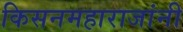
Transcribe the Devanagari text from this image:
किसनमहाराजांनी